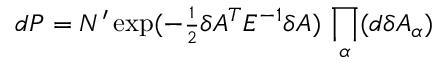
d P = { \cal N } ^ { \prime } \exp ( - { \scriptstyle { \frac { 1 } { 2 } } } \delta A ^ { T } E ^ { - 1 } \delta A ) \, \prod _ { \alpha } ( d \delta A _ { \alpha } )